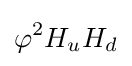
\varphi ^{2}H_{u}H_{d}